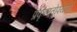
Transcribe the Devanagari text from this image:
प्रकृष्णतोपयोगी